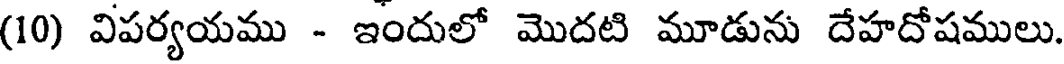
(10) విపర్యయము - ఇందులో మొదటి మూడును దేహదోషములు.